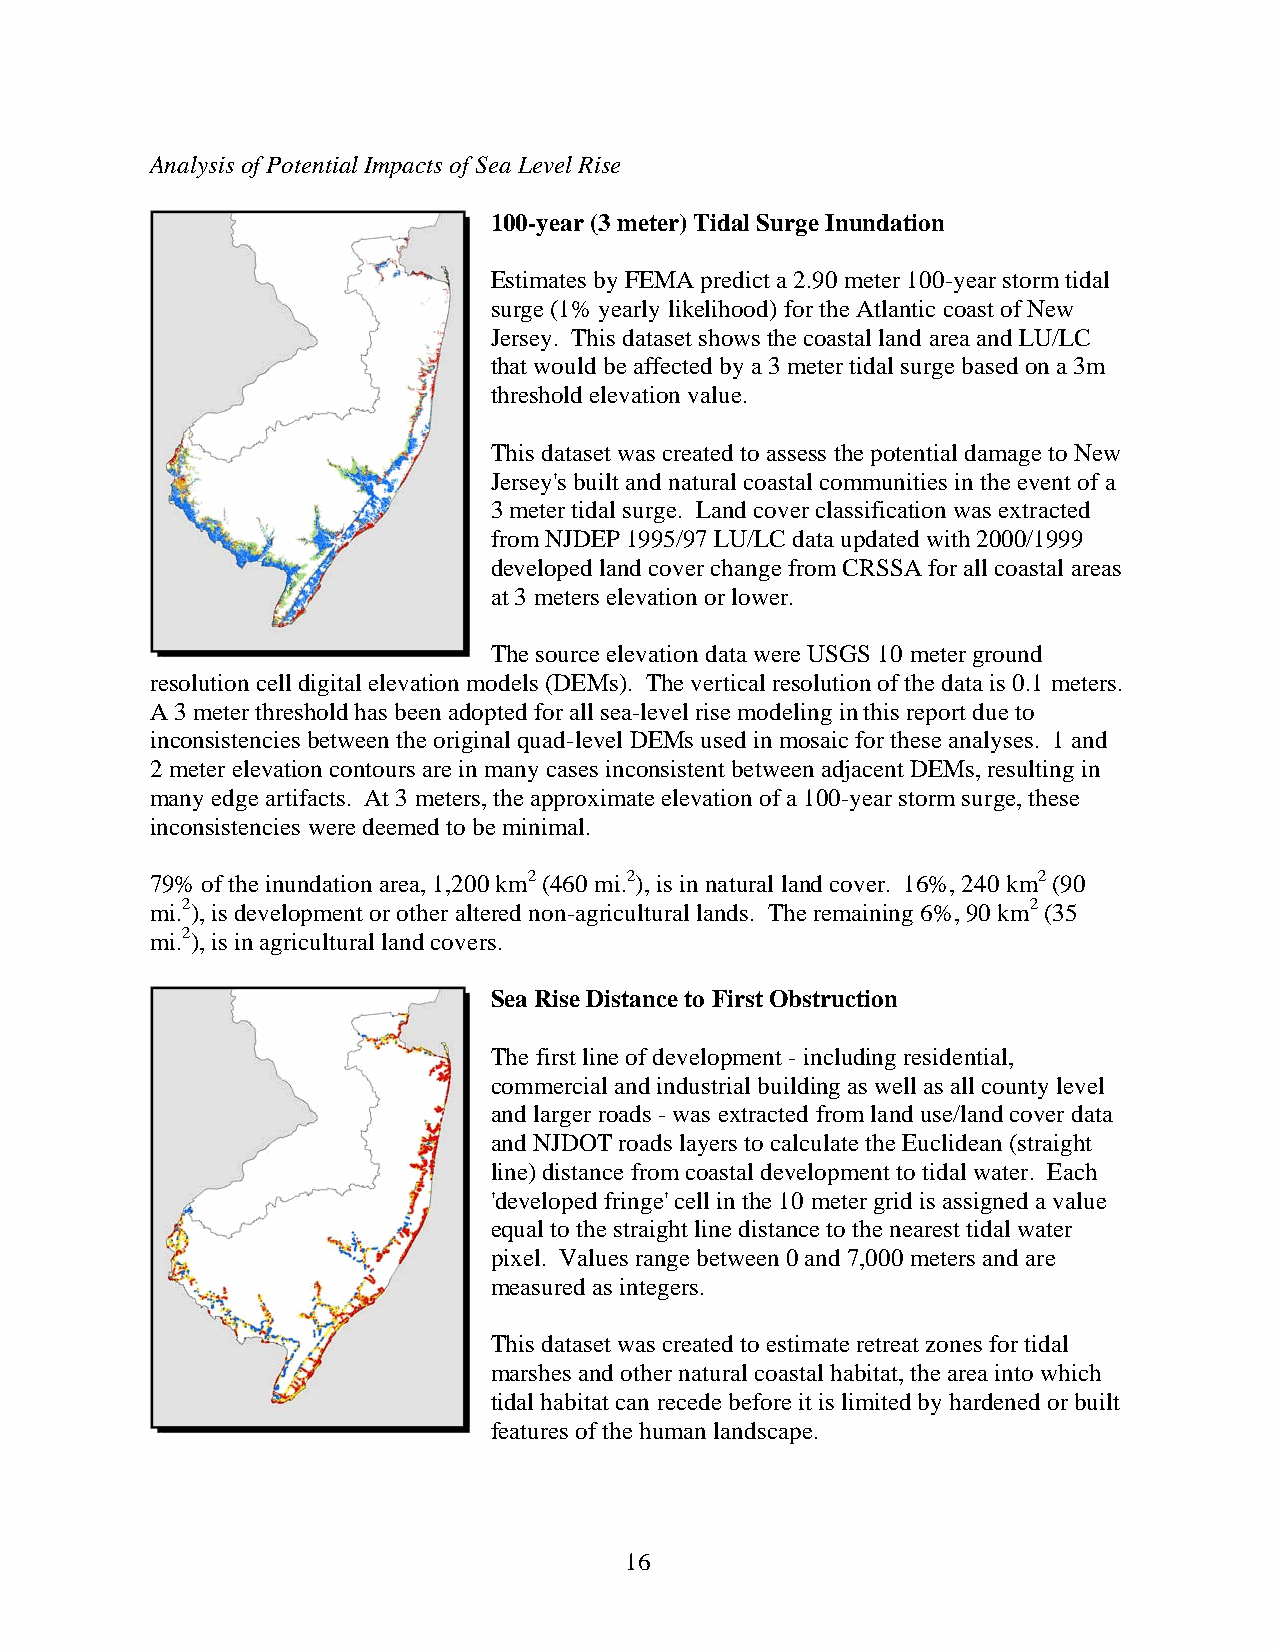
Analysis of Potential Impacts of Sea Level Rise
 100-year (3 meter) Tidal Surge Inundation
 Estimates by FEMA predict a 2.90 meter 100-year storm tidal
 surge (1% yearly likelihood) for the Atlantic coast of New
 Jersey. This dataset shows the coastal land area and LU/LC
 that would be affected by a 3 meter tidal surge based on a 3m
 threshold elevation value.
 This dataset was created to assess the potential damage to New
 Jersey's built and natural coastal communities in the event of a
 3 meter tidal surge. Land cover classification was extracted
 from NJDEP 1995/97 LU/LC data updated with 2000/1999
 developed land cover change from CRSSA for all coastal areas
 at 3 meters elevation or lower.
 The source elevation data were USGS 10 meter ground
 resolution cell digital elevation models (DEMs). The vertical resolution of the data is 0.1 meters.
 A 3 meter threshold has been adopted for all sea-level rise modeling in this report due to
 inconsistencies between the original quad-level DEMs used in mosaic for these analyses. 1 and
 2 meter elevation contours are in many cases inconsistent between adjacent DEMs, resulting in
 many edge artifacts. At 3 meters, the approximate elevation of a 100-year storm surge, these
 inconsistencies were deemed to be minimal.
 79% of the inundation area, 1,200 km2 (460 mi.2), is in natural land cover. 16%, 240 km2 (90
 mi.2), is development or other altered non-agricultural lands. The remaining 6%, 90 km2 (35
 mi.2), is in agricultural land covers.
 Sea Rise Distance to First Obstruction
 The first line of development - including residential,
 commercial and industrial building as well as all county level
 and larger roads - was extracted from land use/land cover data
 and NJDOT roads layers to calculate the Euclidean (straight
 line) distance from coastal development to tidal water. Each
 'developed fringe' cell in the 10 meter grid is assigned a value
 equal to the straight line distance to the nearest tidal water
 pixel. Values range between 0 and 7,000 meters and are
 measured as integers.
 This dataset was created to estimate retreat zones for tidal
 marshes and other natural coastal habitat, the area into which
 tidal habitat can recede before it is limited by hardened or built
 features of the human landscape.
 16